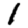
Digit: 1